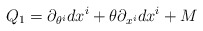
\begin{align*}Q_{1} = \partial_{\theta^{i}}dx^{i} + \theta\partial_{x^{i}} dx^{i} + M\end{align*}